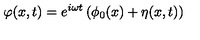
\varphi ( x , t ) = e ^ { i \omega t } \left( \phi _ { 0 } ( x ) + \eta ( x , t ) \right)